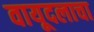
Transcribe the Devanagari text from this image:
वायूदलाचा